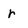
Character: r